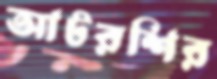
আটরশির